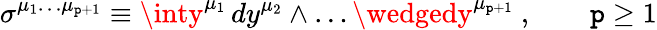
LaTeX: \sigma^{\mu_{1}\dots\mu_{\mathtt{p}+1}}\equiv\inty^{\mu_{1}}\, dy^{\mu_{2}}\wedge\dots\wedgedy^{\mu_{\mathtt{p}+1}}\ ,\qquad\mathtt{p}\ge1